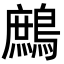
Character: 鷓